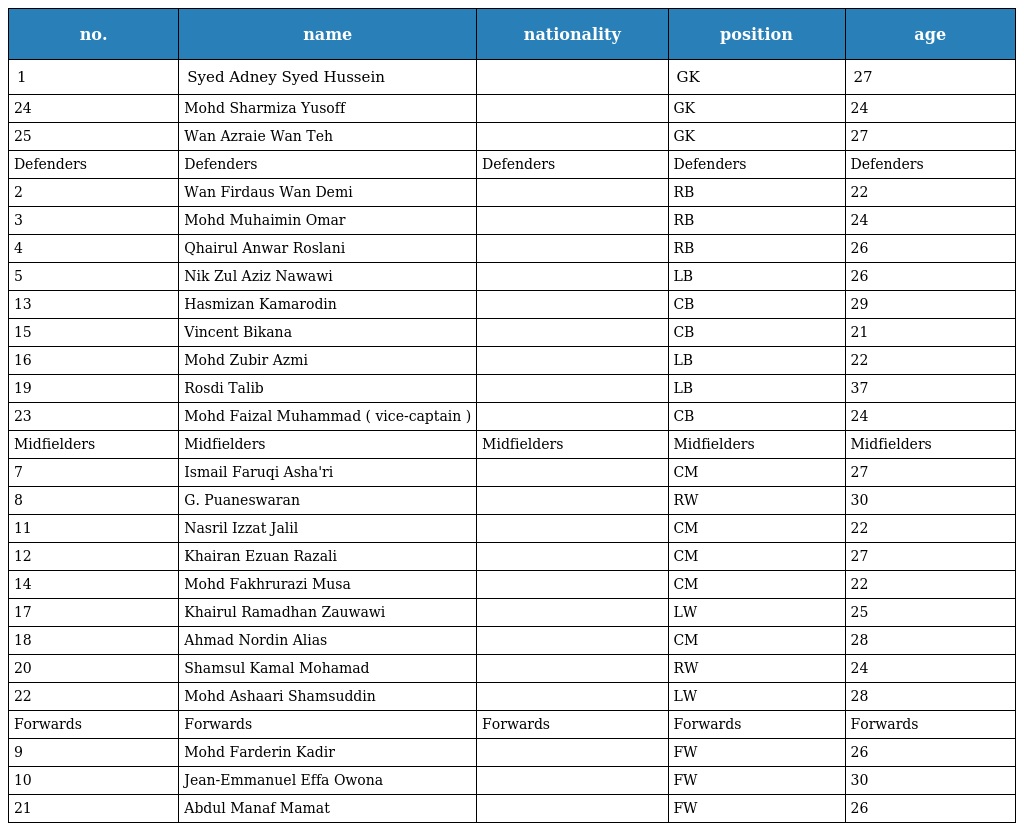
| no. | name | nationality | position | age |
 | --- | --- | --- | --- | --- |
 | 1 | Syed Adney Syed Hussein |  | GK | 27 |
 | 24 | Mohd Sharmiza Yusoff |  | GK | 24 |
 | 25 | Wan Azraie Wan Teh |  | GK | 27 |
 | Defenders | Defenders | Defenders | Defenders | Defenders |
 | 2 | Wan Firdaus Wan Demi |  | RB | 22 |
 | 3 | Mohd Muhaimin Omar |  | RB | 24 |
 | 4 | Qhairul Anwar Roslani |  | RB | 26 |
 | 5 | Nik Zul Aziz Nawawi |  | LB | 26 |
 | 13 | Hasmizan Kamarodin |  | CB | 29 |
 | 15 | Vincent Bikana |  | CB | 21 |
 | 16 | Mohd Zubir Azmi |  | LB | 22 |
 | 19 | Rosdi Talib |  | LB | 37 |
 | 23 | Mohd Faizal Muhammad ( vice-captain ) |  | CB | 24 |
 | Midfielders | Midfielders | Midfielders | Midfielders | Midfielders |
 | 7 | Ismail Faruqi Asha'ri |  | CM | 27 |
 | 8 | G. Puaneswaran |  | RW | 30 |
 | 11 | Nasril Izzat Jalil |  | CM | 22 |
 | 12 | Khairan Ezuan Razali |  | CM | 27 |
 | 14 | Mohd Fakhrurazi Musa |  | CM | 22 |
 | 17 | Khairul Ramadhan Zauwawi |  | LW | 25 |
 | 18 | Ahmad Nordin Alias |  | CM | 28 |
 | 20 | Shamsul Kamal Mohamad |  | RW | 24 |
 | 22 | Mohd Ashaari Shamsuddin |  | LW | 28 |
 | Forwards | Forwards | Forwards | Forwards | Forwards |
 | 9 | Mohd Farderin Kadir |  | FW | 26 |
 | 10 | Jean-Emmanuel Effa Owona |  | FW | 30 |
 | 21 | Abdul Manaf Mamat |  | FW | 26 |